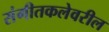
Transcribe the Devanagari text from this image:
संगीतकलेवरील